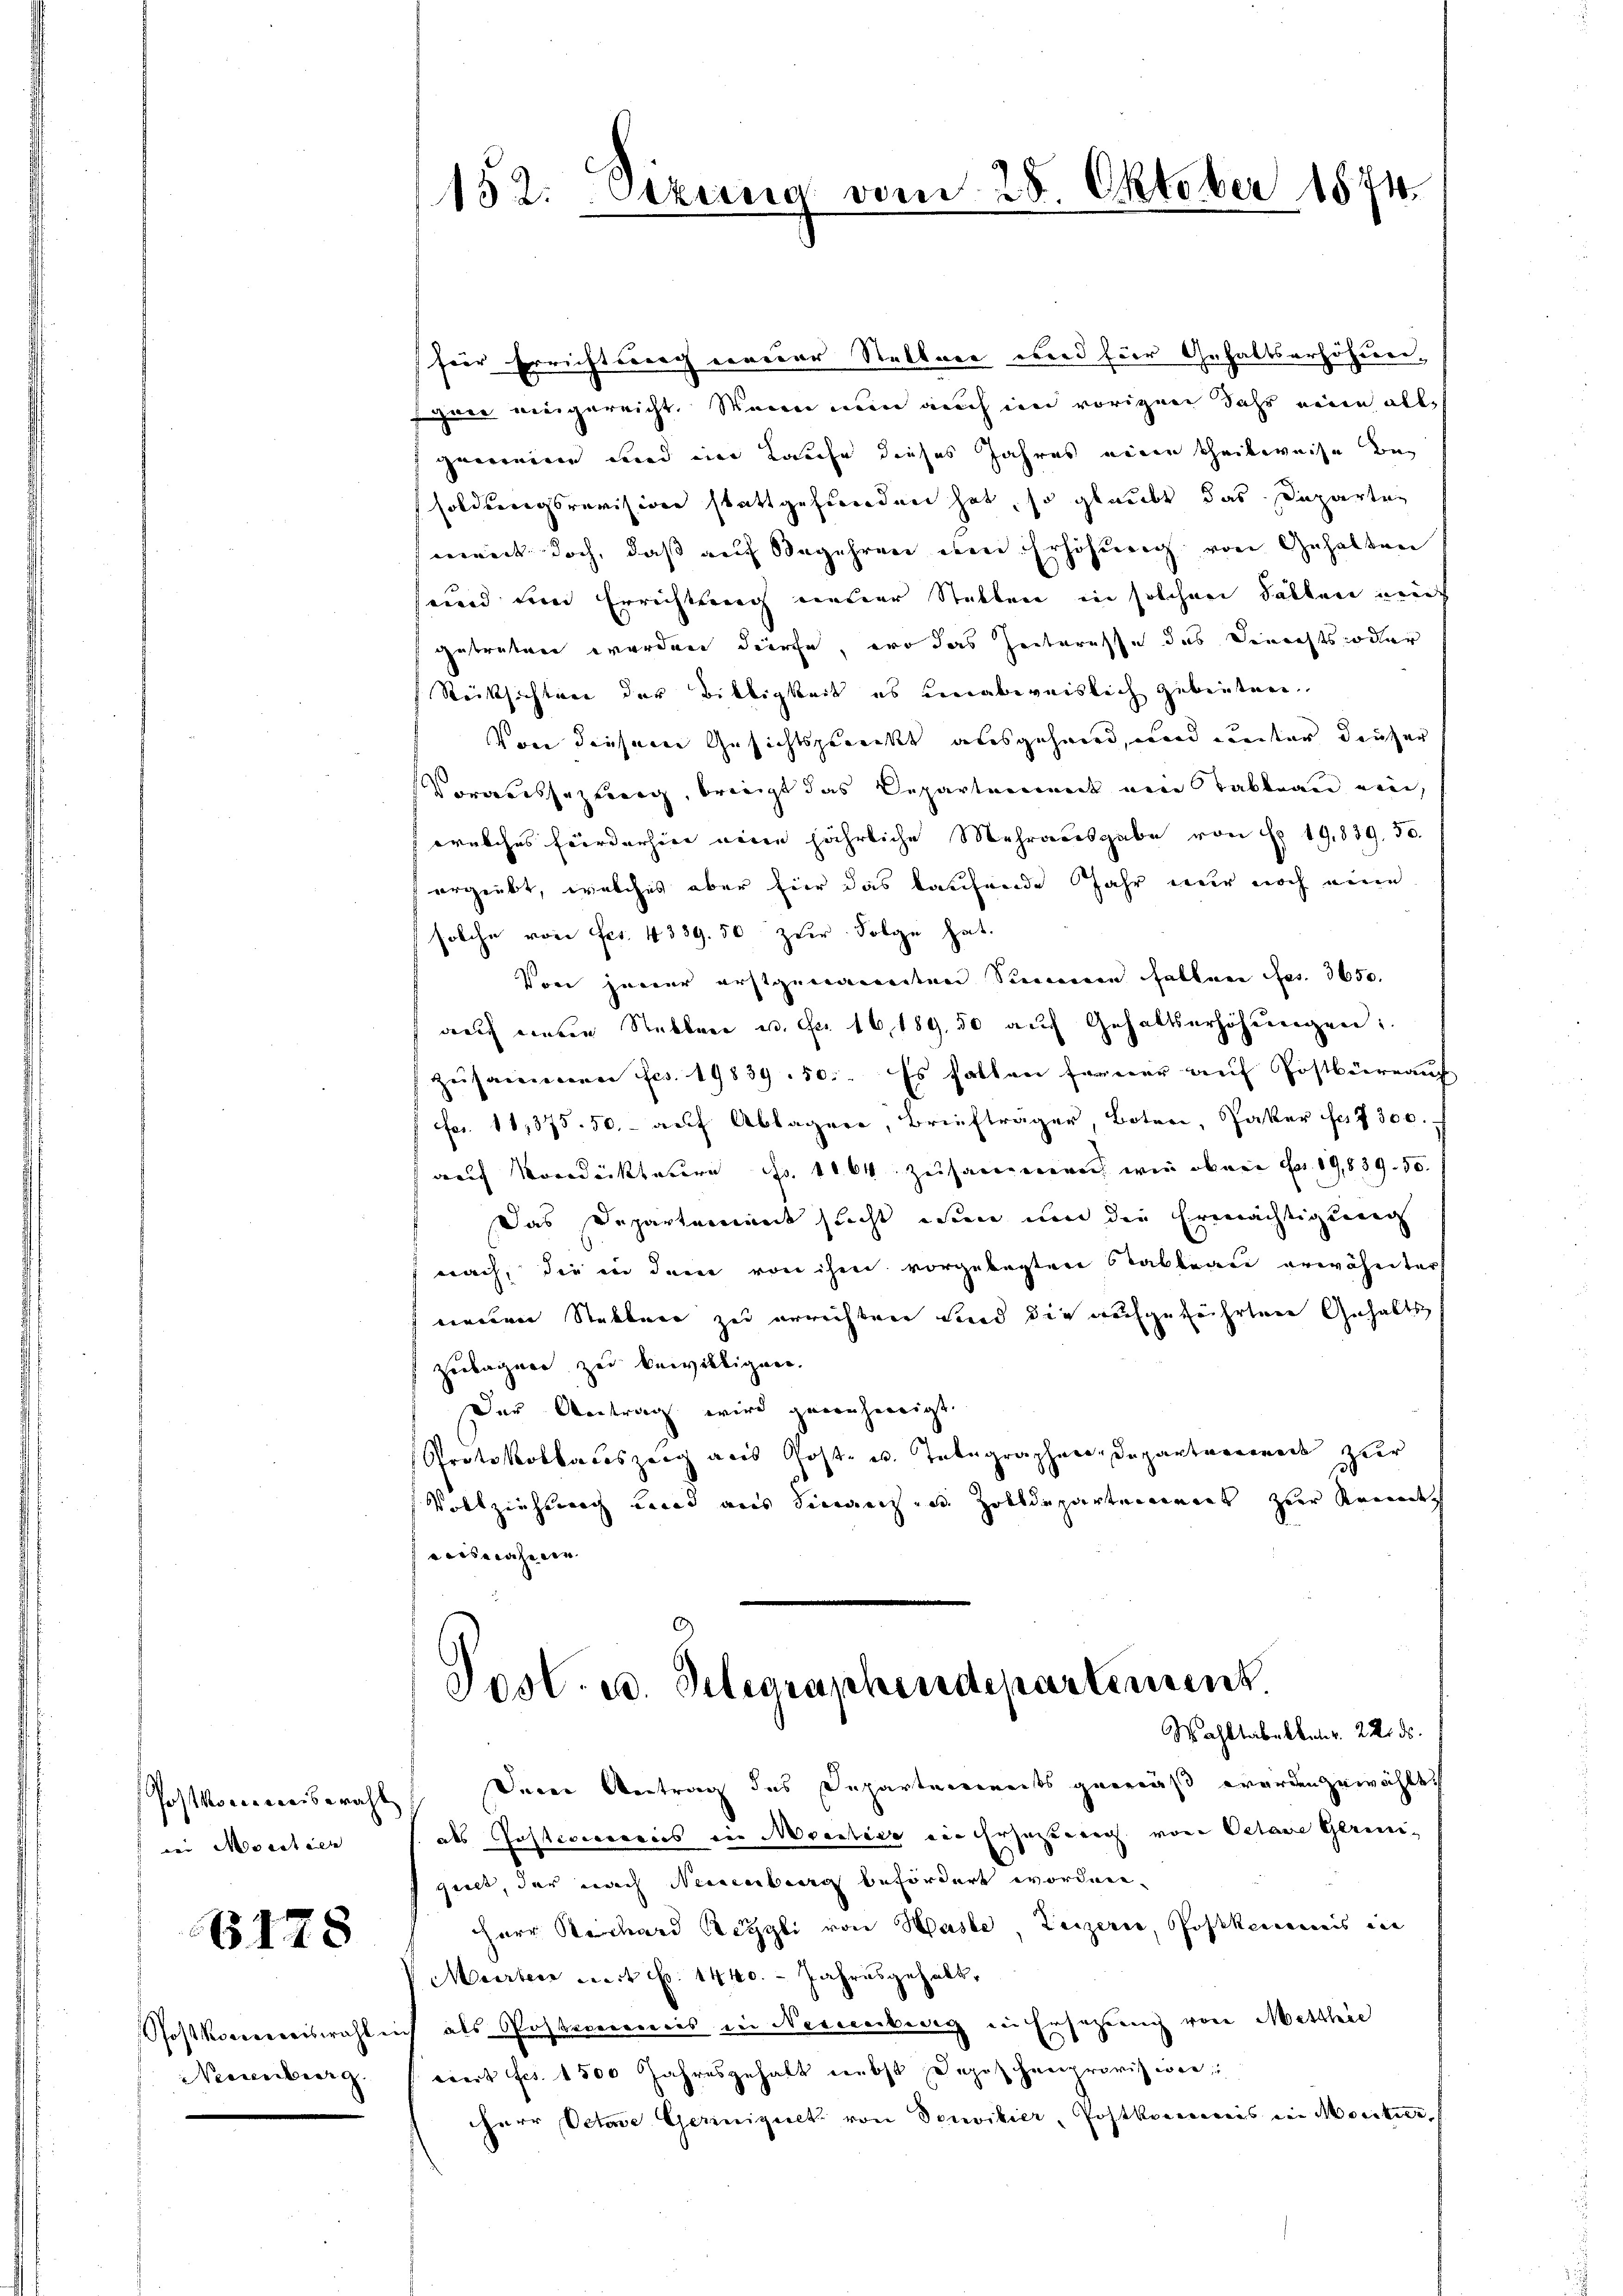
Post kommiswahl
wei Monatien

6178

Postkorreiswahle
Neesenberg.

152. Setzung vom 25. Oktober 1874.

fier Errichtsnach einerer Nettner wird für Gehaltserhöhereigaer eingereicht. Wenn nun auch in vorigen Jahr neuen allgemeine und im Laufe dieses Jahres eine theilweise besoldungsrevision stattgeftanden hat, so glaubt das Departen
ment doch, daß auf Begehren den Erhöhung von Gehalten
und den Errichtung einer Stellen in solchen Fällen mach
getreten werden dürfe, wo das Interesse des Berechts oder
Rücksichten der Bittigkeit es unabweislich gebieten.
Von diesene Gesichtspunkt ausgehend, und unter deuzer
Voraussezung, briegt das Departement von Tableau ein,
welches Forderhier neuen jährliche Mehrausgabe von Fr. 19,839. 50.
ergiebt, welches aber fier das kaufende Jahr nur noch eine
solche von Frs. 4339. 50 zur Folge hat.
Von jener erstgewandten Sommenen fallen es. 3650.
auch unten Rebbare u. Fr. 16,189. 50 auf Gehaltserhöhŭngen:
Zusammen fcs. 19839. 50. Es hallen ferner auf Postbüreauch
Fr. 11,375. 50.- auf Ablager, Briefträger, Boten, Pater sa 7300. f
auf Mordecktere Fr. 1164 zusammen wie oben Fr. 19,839. 50.
Das Departement sicht ein um die Ermächtigung
nach, die in dem von ihm vorgelegten Stableau erwähnter
einderer Nebener zu errichten und die aufgeführten Gehalts
Zubagner zu bewilligen.
Der Antrag wird genehmigt.
Protokollaceszeig aus Gost- u. Telegraphen Departenweit zur
Vollziehung und aus Secreten Zolldepartement zur Rende
versache ver
Post. u. Gelegraphendepartement
Wahltabelkenr. 22. ds.
Dein Antrag des Departements gemäß werden zuwählt
als Gasterierenis in Monitive der Ersezterer von Oetare Geringeelt, der nach Neuenburg befördert worden,
HHerr Rechard Reggli von Hasle, Leizerie, Postkenmeis in
Murten ca 4 p. 1440. - Jahresgehalt,
 als Posterermeis in Nerverberg in Ersatzung von Metthie
eiet fes. 1500 Jahresgehalt nebst Depeschenprovisione
herr Octave Geriniquck von Souvibier, Postkommereis ein Moritier,